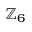
\mathbb { Z } _ { 6 }